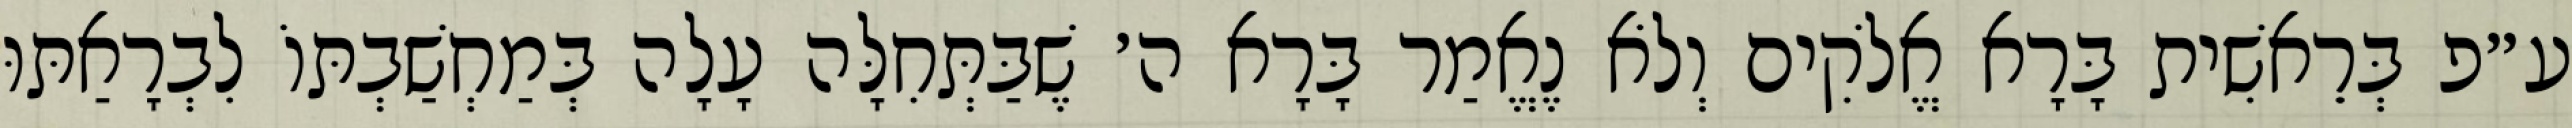
ע״פ בְּרֵאשִׁית בָּרָא אֱלֹקִים וְלֹא נֶאֱמַר בָּרָא ה׳ שֶׁבַּתְּחִלָּה עָלָה בְּמַחְשַׁבְתּוֹ לִבְרָאַתּוּ